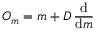
O _ { m } = m + D \, { \frac { \mathrm { d } } { \mathrm { d } m } }